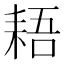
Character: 𱻳